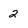
Character: 2